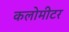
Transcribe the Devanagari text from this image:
कलोमीटर